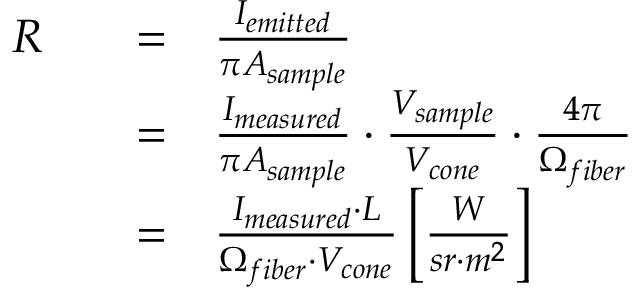
\begin{array} { r l r l } { R } & { } & { = } & { \frac { I _ { e m i t t e d } } { \pi A _ { s a m p l e } } } \\ & { } & { = } & { \frac { I _ { m e a s u r e d } } { \pi A _ { s a m p l e } } \cdot \frac { V _ { s a m p l e } } { V _ { c o n e } } \cdot \frac { 4 \pi } { \Omega _ { f i b e r } } } \\ & { } & { = } & { \frac { I _ { m e a s u r e d } \cdot L } { \Omega _ { f i b e r } \cdot V _ { c o n e } } \left[ \frac { W } { s r \cdot m ^ { 2 } } \right] } \end{array}